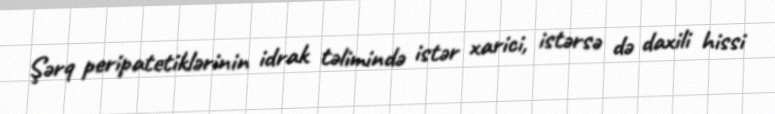
Şərq peripatetiklərinin idrak təlimində istər xarici, istərsə də daxili hissi